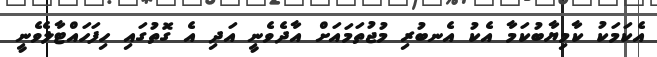
އެކަމަކު ކާމިޔާބުކަމާ އެކު އެނބުރި މުޖުތަމައަށް އާދެވެނީ އަދި އެ ގޮތުގައި ހިފަހައްޓާލެވެނީ